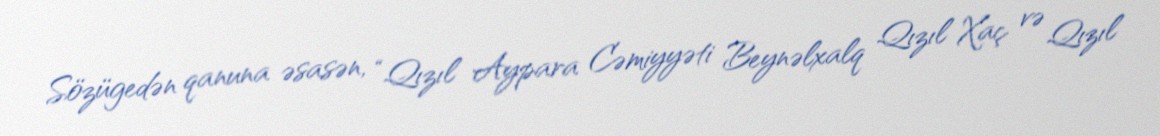
Sözügedən qanuna əsasən, “Qızıl Aypara Cəmiyyəti Beynəlxalq Qızıl Xaç və Qızıl